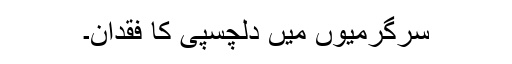
سرگرمیوں میں دلچسپی کا فقدان۔